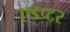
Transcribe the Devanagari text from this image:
एडप्टर